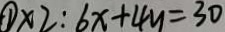
\textcircled { 1 } x 2 : 6 x + 4 y = 3 0